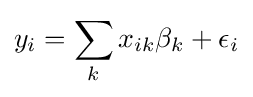
y_{i}=\sum _{k}x_{ik}\beta _{k}+\epsilon _{i}